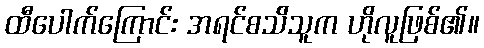
ထီပေါက်ကြောင်း အရင်စသ်ိသူက ဟိုလူဖြစ်၏။